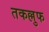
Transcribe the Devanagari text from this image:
तकल्लुफ